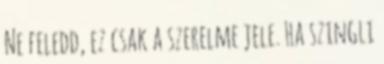
Ne feledd, ez csak a szerelme jele. Ha szingli